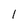
Character: 1